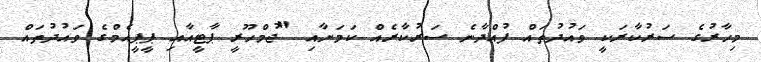
މިހާރުގެ ސަރުކާރަކީ ވައުދުތައް ފުއްދާނެ ސަރުކާރެއް ކަމަށާއި "ޖުމްހޫރީ ޕާޓީއާއި ޕީޕީއެމްގެ ވައުދުތައް